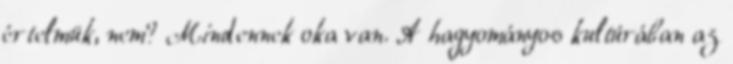
értelmük, nem? Mindennek oka van. A hagyományos kultúrában az